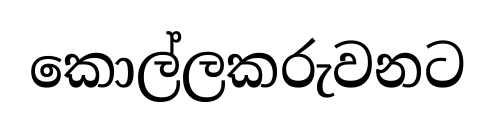
කොල්ලකරුවනට